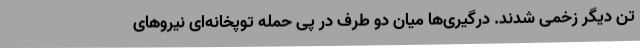
تن دیگر زخمی شدند. درگیری‌ها میان دو طرف در پی حمله توپخانه‌ای نیروهای